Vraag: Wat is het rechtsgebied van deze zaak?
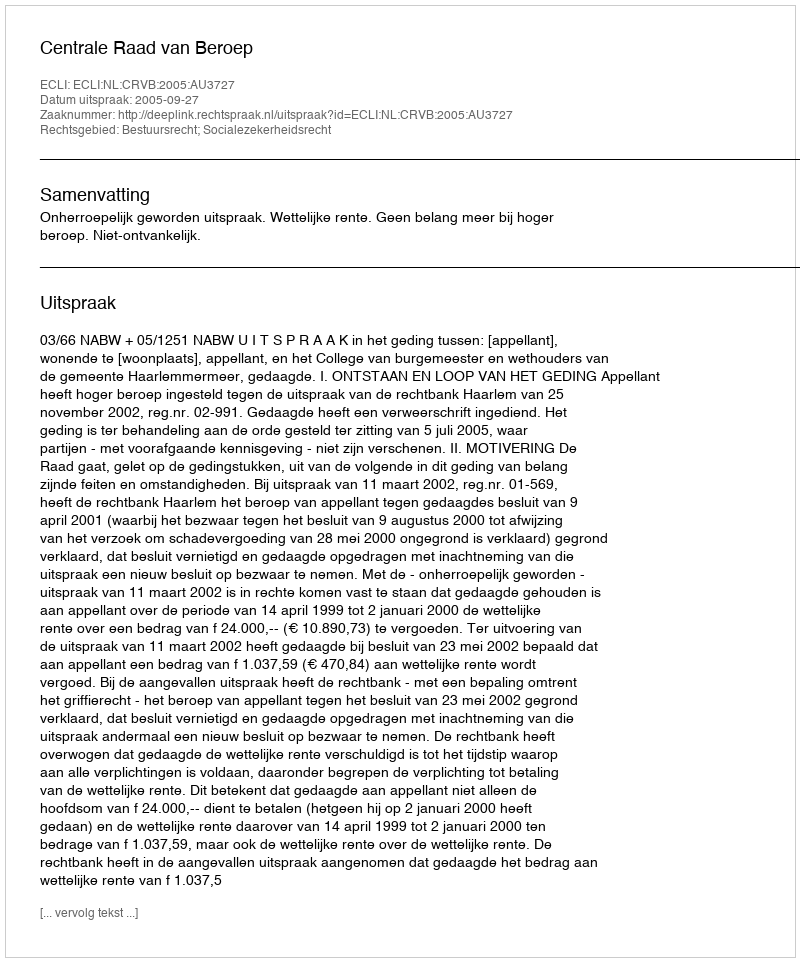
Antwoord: Bestuursrecht; Socialezekerheidsrecht